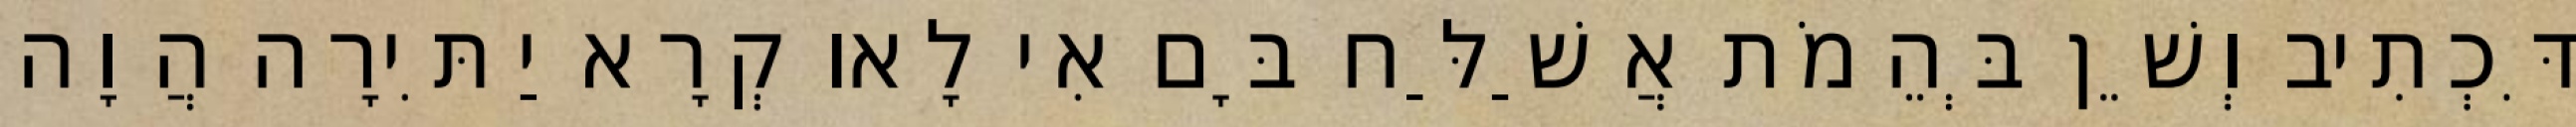
דִּכְתִיב וְשֵׁן בְּהֵמֹת אֲשַׁלַּח בָּם אִי לָאו קְרָא יַתִּירָה הֲוָה